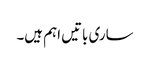
ساری باتیں اہم ہیں۔